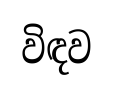
විඳව